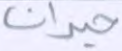
حيران